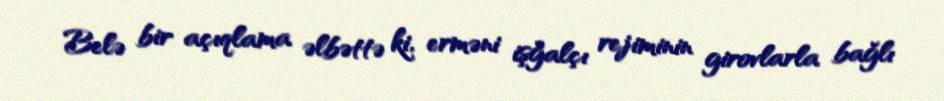
Belə bir açıqlama əlbəttə ki, erməni işğalçı rejiminin girovlarla bağlı